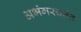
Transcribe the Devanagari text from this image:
अभंगरचनेत